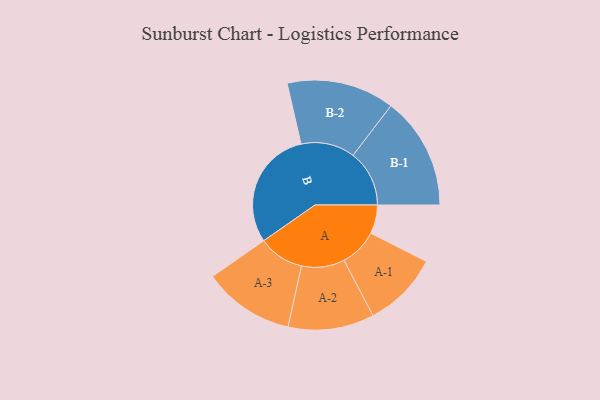
{"axis": {"x": "Segment", "y": "Value"}, "legend": ["", "A", "B"], "data": [{"x": "A", "y": 119, "type": ""}, {"x": "B", "y": 496, "type": ""}, {"x": "A-1", "y": 157, "type": "A"}, {"x": "A-2", "y": 178, "type": "A"}, {"x": "A-3", "y": 189, "type": "A"}, {"x": "B-1", "y": 233, "type": "B"}, {"x": "B-2", "y": 223, "type": "B"}]}